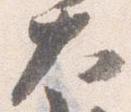
大